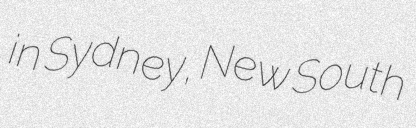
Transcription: in Sydney, New South